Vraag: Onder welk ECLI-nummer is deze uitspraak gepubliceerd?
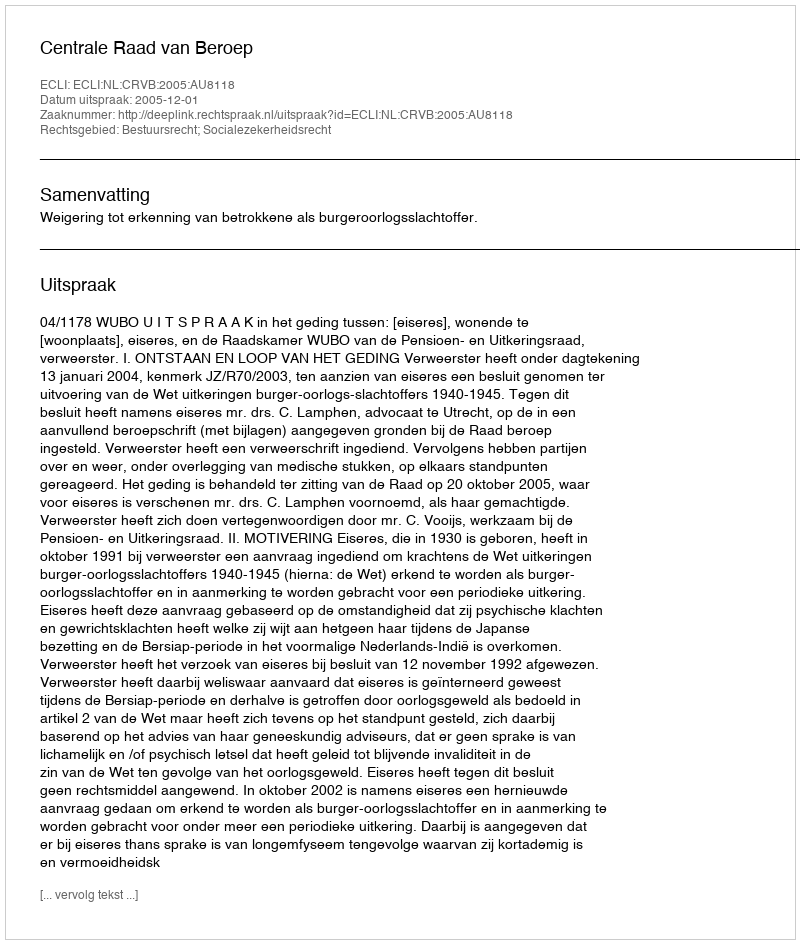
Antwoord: ECLI:NL:CRVB:2005:AU8118